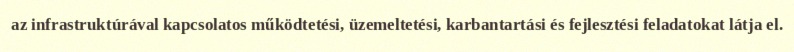
az infrastruktúrával kapcsolatos működtetési, üzemeltetési, karbantartási és fejlesztési feladatokat látja el.